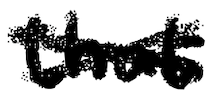
Text: that
Cross-out: cross
Writing tool: digital_black